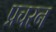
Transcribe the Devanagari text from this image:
प्रचरन